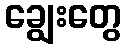
ချွေးတွေ